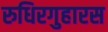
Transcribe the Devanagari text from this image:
रुधिरगुहारस